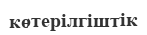
көтерілгіштік